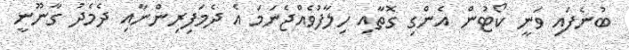
ބުނެފައި ވަނީ ކޯޓުން އެންގި ގޮތާއި ހިލާފުވެއްޖެނަމަ އެ ދެމަފިރިންނާއި ދެމެދު ގާނޫނީ